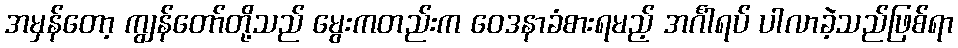
အမှန်တော့ ကျွန်တော်တို့သည် မွေးကတည်းက ဝေဒနာခံစားရမည့် အင်္ဂါရပ် ပါလာခဲ့သည်ဖြစ်ရာ